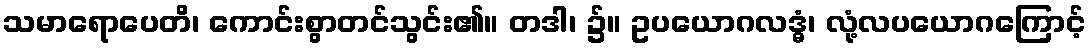
သမာရောပေတိ၊ ကောင်းစွာတင်သွင်း၏။ တဒါ၊ ၌။ ဥပယောဂလဒ္ဓံ၊ လုံ့လပယောဂကြောင့်